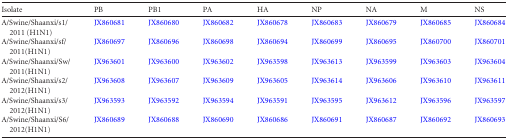
<table><thead><tr><td><b>Isolate</b></td><td><b>PB</b></td><td><b>PB1</b></td><td><b>PA</b></td><td><b>HA</b></td><td><b>NP</b></td><td><b>NA</b></td><td><b>M</b></td><td><b>NS</b></td></tr></thead><tbody><tr><td>A/Swine/Shaanxi/s1/2011 (H1N1)</td><td>JX860681</td><td>JX860680</td><td>JX860682</td><td>JX860678</td><td>JX860683</td><td>JX860679</td><td>JX860685</td><td>JX860684</td></tr><tr><td>A/Swine/Shaanxi/sf/2011(H1N1)</td><td>JX860697</td><td>JX860696</td><td>JX860698</td><td>JX860694</td><td>JX860699</td><td>JX860695</td><td>JX860700</td><td>JX860701</td></tr><tr><td>A/Swine/Shaanxi/Sw/2011(H1N1)</td><td>JX963601</td><td>JX963600</td><td>JX963602</td><td>JX963598</td><td>JX963613</td><td>JX963599</td><td>JX963603</td><td>JX963604</td></tr><tr><td>A/Swine/Shaanxi/s2/2012(H1N1)</td><td>JX963608</td><td>JX963607</td><td>JX963609</td><td>JX963605</td><td>JX963614</td><td>JX963606</td><td>JX963610</td><td>JX963611</td></tr><tr><td>A/Swine/Shaanxi/s3/2012(H1N1)</td><td>JX963593</td><td>JX963592</td><td>JX963594</td><td>JX963591</td><td>JX963595</td><td>JX963612</td><td>JX963596</td><td>JX963597</td></tr><tr><td>A/Swine/Shaanxi/S6/2012(H1N1)</td><td>JX860689</td><td>JX860688</td><td>JX860690</td><td>JX860686</td><td>JX860691</td><td>JX860687</td><td>JX860692</td><td>JX860693</td></tr></tbody></table>